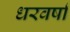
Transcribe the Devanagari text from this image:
धरवर्षा